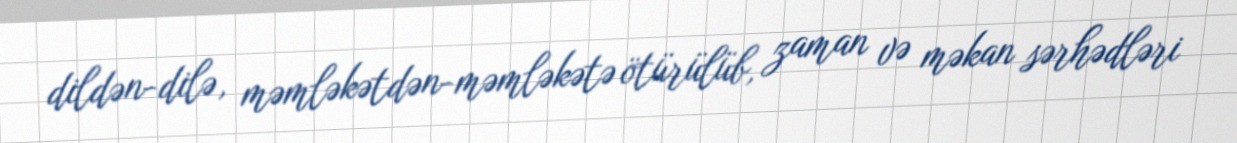
dildən-dilə, məmləkətdən-məmləkətə ötürülüb, zaman və məkan sərhədləri